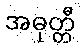
အဓုတ္တီ